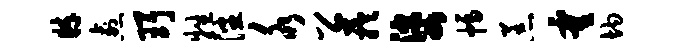
粹愈珥牲潘水公芋婆幅恙霍均